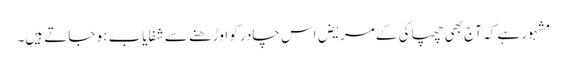
مشہور ہے کہ آج بھی چھپاکی کے مریض اس چادر کو اوڑھنے سے شفایاب ہو جاتے ہیں۔